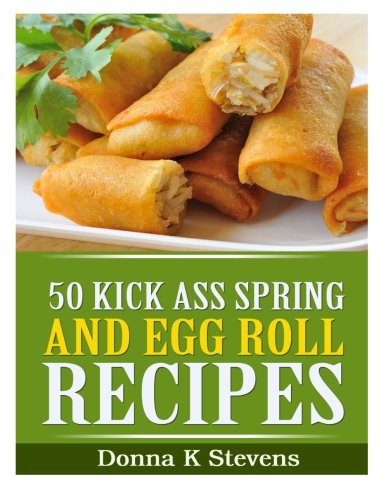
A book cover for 50 Kick Ass Spring and Egg Roll Recipes; Donna K Stevens; Cookbooks, Food & Wine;